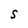
Character: S